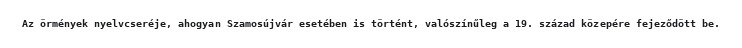
Az örmények nyelvcseréje, ahogyan Szamosújvár esetében is történt, valószínűleg a 19. század közepére fejeződött be.